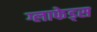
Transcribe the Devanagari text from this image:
ग्लाफेड्स